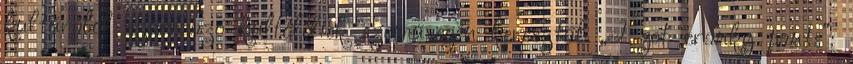
kultúrából származó külföldiek szemüvegén keresztül „I get cranky pants”: